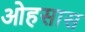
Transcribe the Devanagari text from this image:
ओहसास